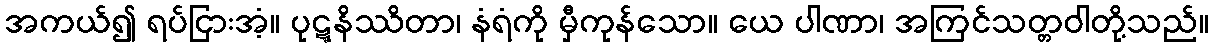
အကယ်၍ ရပ်ငြားအံ့။ ပုဋ္ဋနိဿိတာ၊ နံရံကို မှီကုန်သော။ ယေ ပါဏာ၊ အကြင်သတ္တဝါတို့သည်။